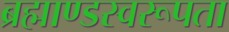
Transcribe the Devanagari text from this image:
ब्रह्माण्डस्वरूपता